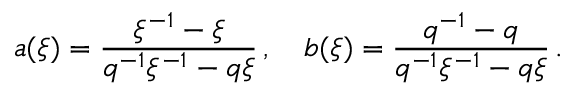
a ( \xi ) = \frac { \xi ^ { - 1 } - \xi } { q ^ { - 1 } \xi ^ { - 1 } - q \xi } \, , \quad b ( \xi ) = \frac { q ^ { - 1 } - q } { q ^ { - 1 } \xi ^ { - 1 } - q \xi } \, .